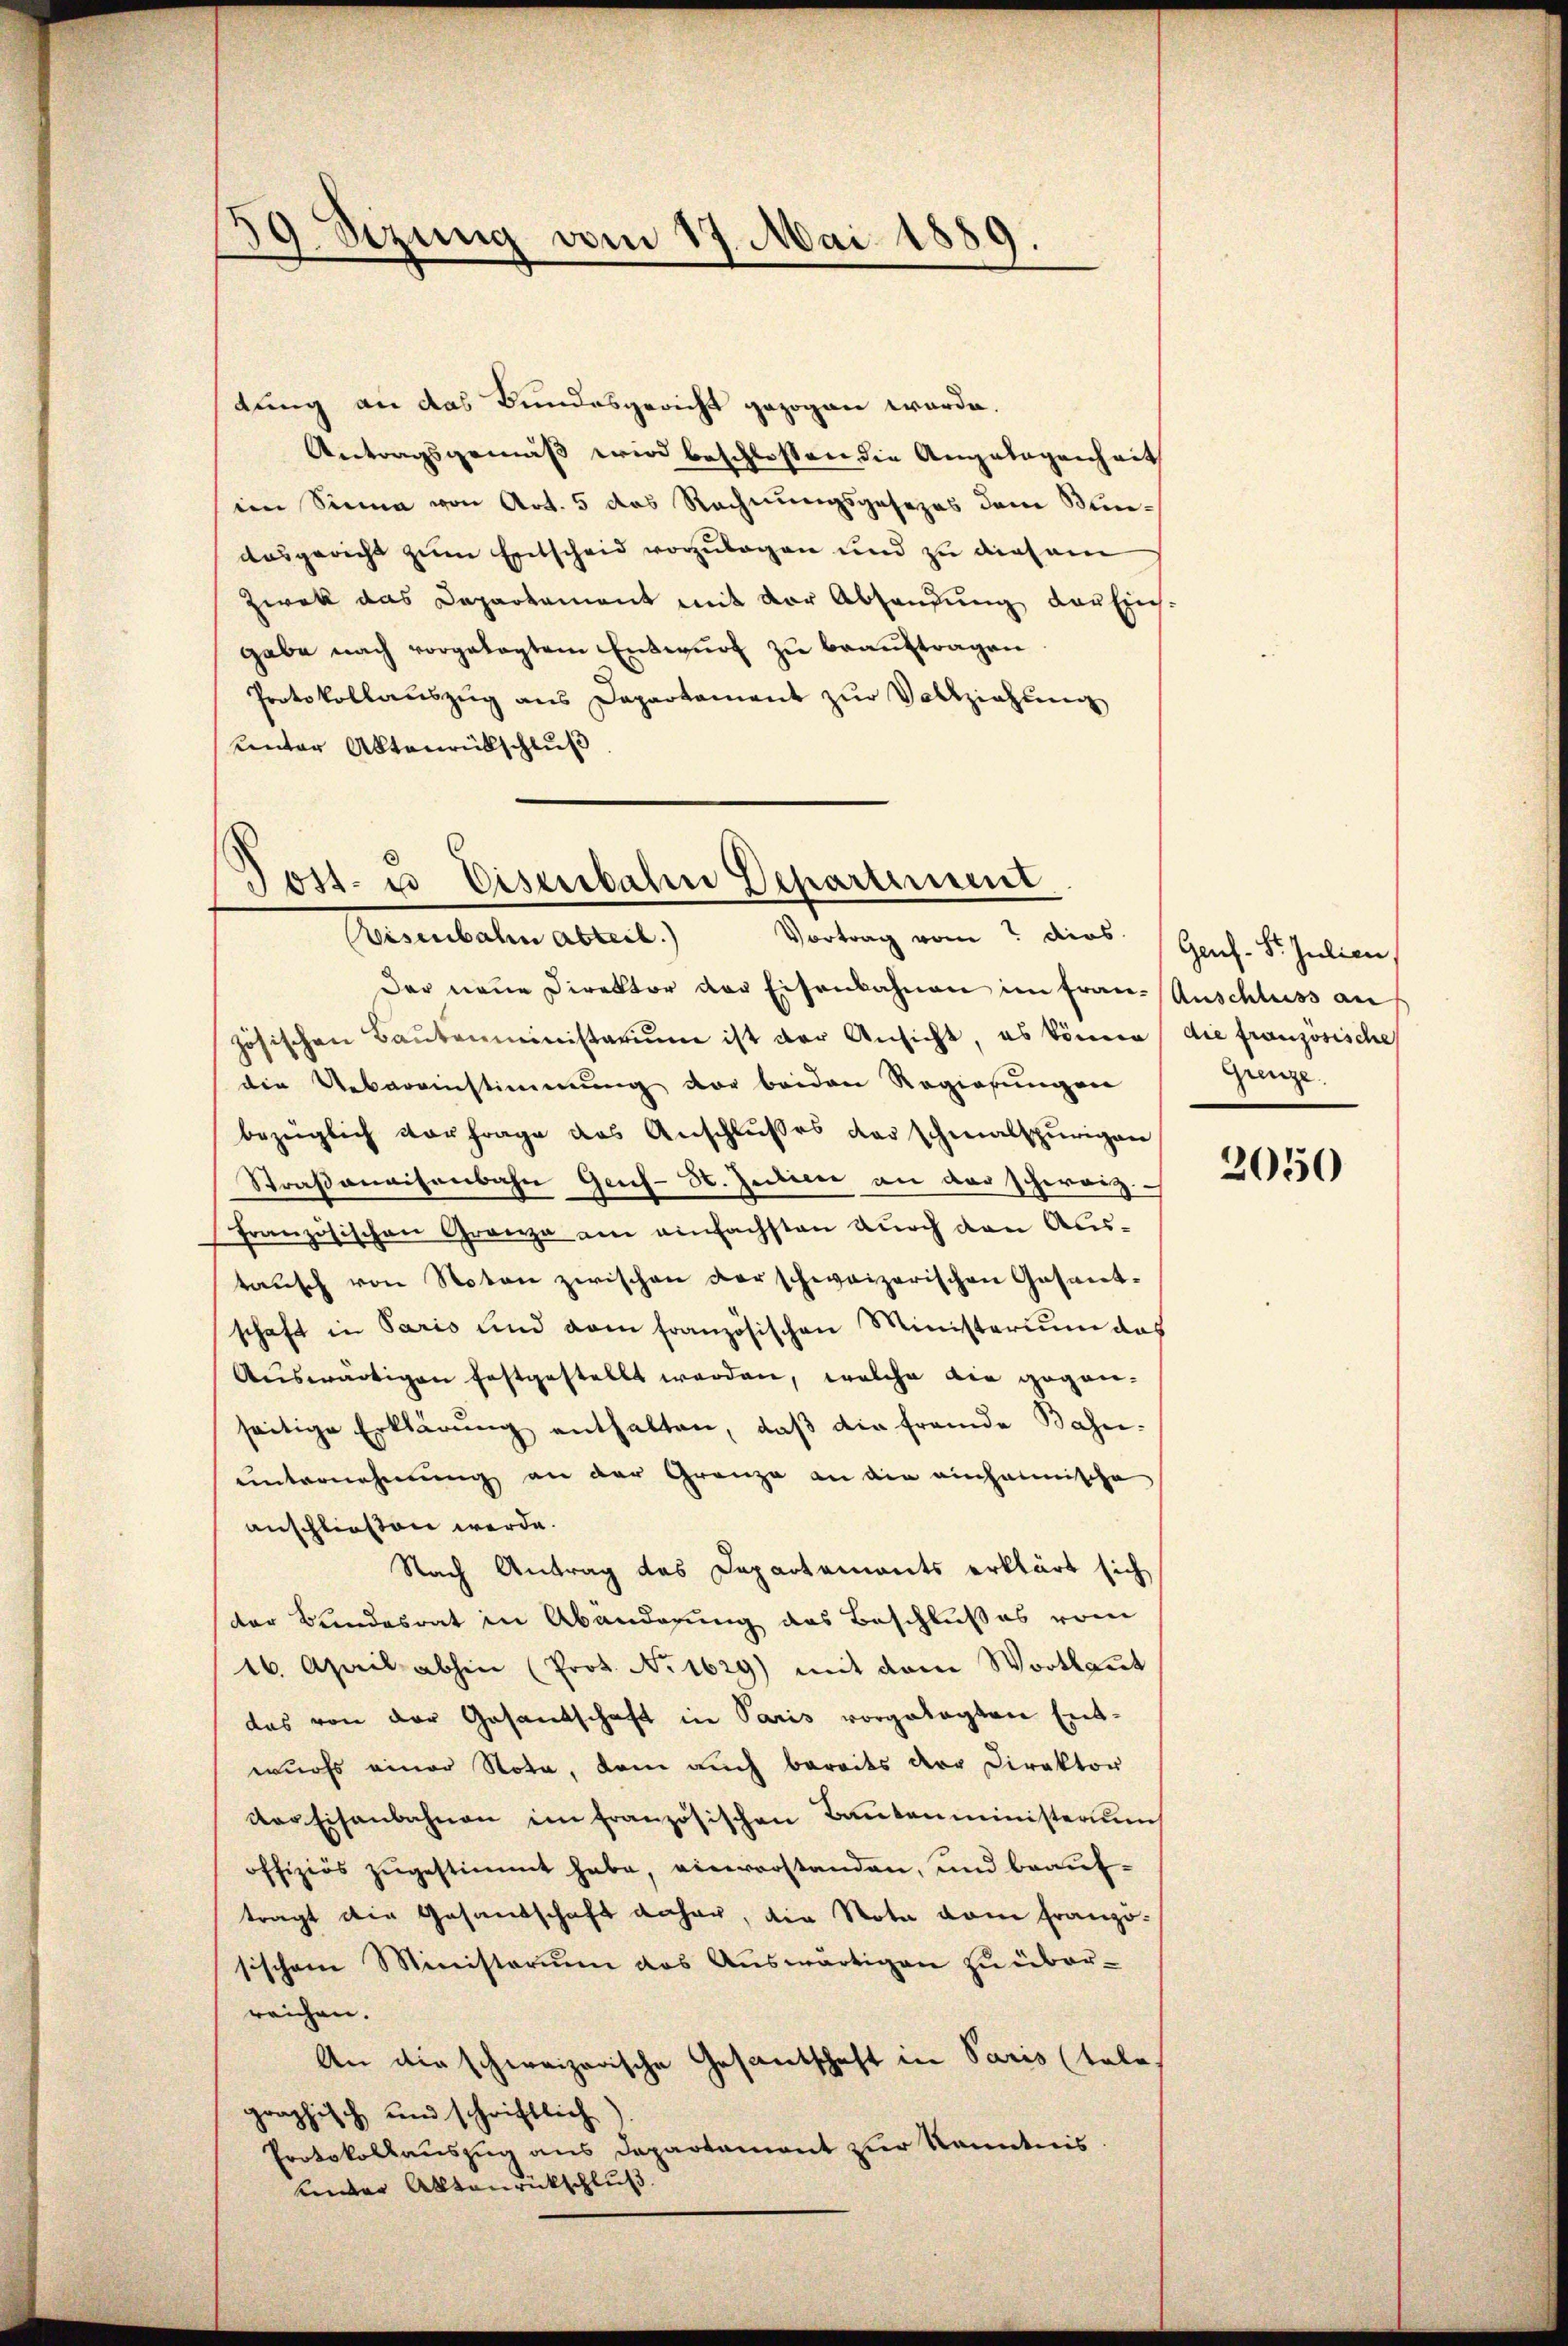
.
9. Sizung vom 17. Mai 1889.

tung an das Bundesgericht gezogen würde.
Antragsgemäß wird beschlossen die Angelegenheit
im Sinne von Art. 5 das Rechnungsgesezes dem Minausgericht zum Entscheid vorzulegen und zu diesem
Zwek das Departement mit der Abhandŭng der Erich-
gabe nach vorgelegtem Entwurf zu beauftragen
Protokollauszug aus Departament zur Vollziehung
unter Aktenrückschluß

Post- u Eisenbahne Departement
Risenbahn abteil) Vortrag vom 7 dies Genf. St. Julien,

Der neue Direktor der Eisenbahnen im Fran-Anschluss auf
zösischen Baŭtenministerium ist der Ansicht, es können, die französische
die Uebereinstimmung der beiden Regierungen
bezüglich vorfrage das Anschlußes der schmalspurigen
Straßenaisenbahn Gens- St. Julien an der schweiz.
französischen Granza am einfachsten durch den Austausch von Noten zwischen derschweizerischen Gesant-
schaft in Paris und vom französischen Ministerium das
Auswärtigen festgestellt werden, welche die gegen-
seitige Erklärung enthalten, daβ die fremde Bahn-
unternehmung an der Granze an die einheimische
anschließen werde.
Nach Antrag des Departements erklärt sich
der Bundesrat in Abänderung des Beschlußes vom
16. April abhin (Prot. No 1629) mit dem Wortlaut
das von der Gesandschaft in Paris vorgelegten Entwurfs einer Nota, dem auch bereits der Direktor
der Eisenbahnen im französischen Bautenministerium
offiziös zŭgestimmt habe, einverstanden, und beauftragt die Gesandschaft daher, die Nota vom Franzö-
sischem Ministerium das Auswärtigen zu über-
reichen.
An die schweizerische Gesantschaft in Paris tale.
graphisch und schriftlich
Protokollauszug aus Departement zur Kenntnis
unter Aktenrückschluß

Grenze.

2050